Indian journal of veterinary science and animal husbandry - Volumes 18-21, 1948-1951
Year: 1948
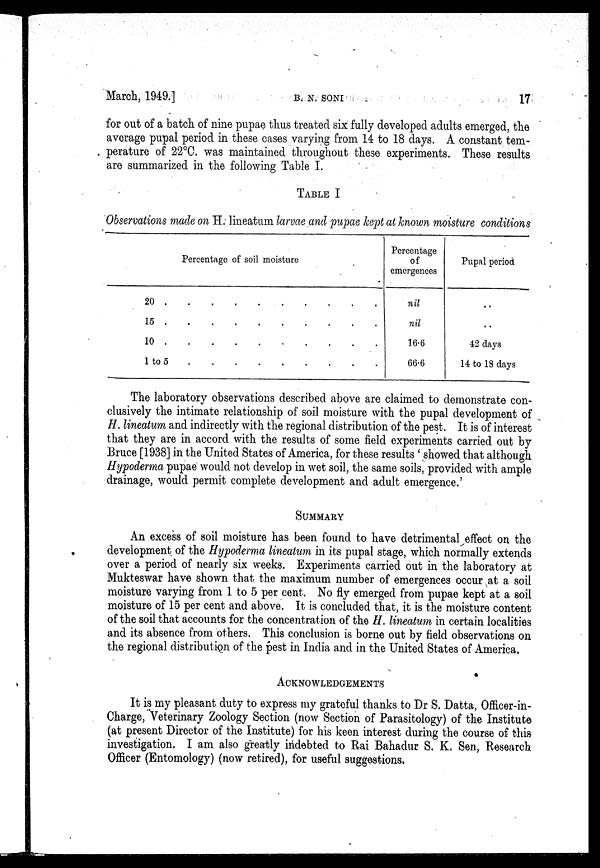
March, 1949.]
B.
N.
SONI
17
for out of a batch of nine pupae thus treated six fully developed adults emerged, the
average pupal period in these cases varying from 14 to 18 days. A constant tem-
perature of 22°C. was maintained throughout these experiments. These results
are summarized in the following Table I.
TABLE I
Observations made on H. lineatum larvae and pupae kept at known moisture conditions
Percentage of soil moisture
20 . . . . . . . . . .
15 . . . . . . . . . .
10 . . . . . . . . . .
1 to 5 . . . . . . . . . .
Percentage
of
emergences
nil
nil
16.6
66.6
Pupal period
..
..
42 days
14 to 18 days
The laboratory observations described above are claimed to demonstrate con-
clusively the intimate relationship of soil moisture with the pupal development of
H. lineatum and indirectly with the regional distribution of the pest. It is of interest
that they are in accord with the results of some field experiments carried out by
Bruce [1938] in the United States of America, for these results 'showed that although
Hypoderma pupae would not develop in wet soil, the same soils, provided with ample
drainage, would permit complete development and adult emergence.'
SUMMARY
An excess of soil moisture has been found to have detrimental effect on the
development of the Hypoderma lineatum in its pupal stage, which normally extends
over a period of nearly six weeks. Experiments carried out in the laboratory at
Mukteswar have shown that the maximum number of emergences occur at a soil
moisture varying from 1 to 5 per cent. No fly emerged from pupae kept at a soil
moisture of 15 per cent and above. It is concluded that, it is the moisture content
of the soil that accounts for the concentration of the H. lineatum in certain localities
and its absence from others. This conclusion is borne out by field observations on
the regional distribution of the pest in India and in the United States of America.
ACKNOWLEDGEMENTS
It is my pleasant duty to express my grateful thanks to Dr S. Datta, Officer-in-
Charge, Veterinary Zoology Section (now Section of Parasitology) of the Institute
(at present Director of the Institute) for his keen interest during the course of this
investigation. I am also greatly indebted to Rai Bahadur S. K. Sen, Research
Officer (Entomology) (now retired), for useful suggestions.